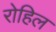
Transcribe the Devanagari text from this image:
रोहिल